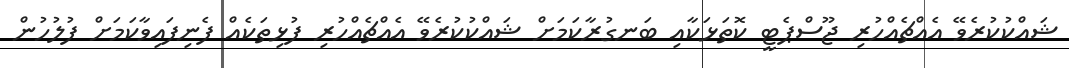
ޝައްކުކުރެވޭ އެއްޗެއްހުރި ޖޫސްޕެޓީ ކޮތަޅަކާއި ބަނގުރާކަމަށް ޝައްކުކުރެވޭ އެއްޗެއްހުރި ފުޅިތަކެއް ފެނިފައިވާކަމަށް ފުލުހުން